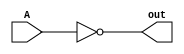
`timescale 1ns / 1ps
//////////////////////////////////////////////////////////////////////////////////
// Company: 
// Engineer: 
// 
// Design Name: 
// Module Name: Ex_2
// Project Name: 
// Target Devices: 
// Tool Versions: 
// Description: 
// 
// Dependencies: 
// 
// Revision:
// Revision 0.01 - File Created
// Additional Comments:
// 
//////////////////////////////////////////////////////////////////////////////////


module Ex_2(A,out);
input A;
output out;
assign out = ~A;
endmodule